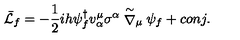
\bar { \cal L } _ { f } = - { \frac { 1 } { 2 } } i h \psi _ { f } ^ { \dagger } v _ { \alpha } ^ { \mu } \sigma ^ { \alpha } \stackrel { \sim } { \nabla } _ { \mu } \psi _ { f } + c o n j .